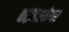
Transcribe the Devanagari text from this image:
वाइंडरमेयर